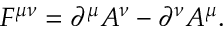
{ \cal F } ^ { \mu \nu } = \partial ^ { \mu } A ^ { \nu } - \partial ^ { \nu } A ^ { \mu } .